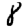
Digit: 8